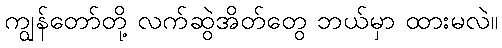
ကျွန်တော်တို့ လက်ဆွဲအိတ်တွေ ဘယ်မှာ ထားမလဲ။